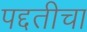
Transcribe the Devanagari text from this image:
पद्दतीचा